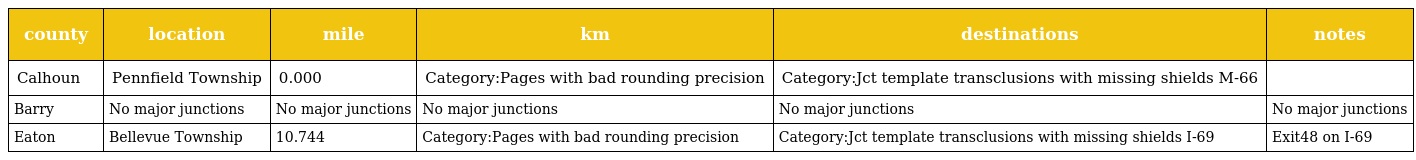
| county | location | mile | km | destinations | notes |
 | --- | --- | --- | --- | --- | --- |
 | Calhoun | Pennfield Township | 0.000 | Category:Pages with bad rounding precision | Category:Jct template transclusions with missing shields M-66 |  |
 | Barry | No major junctions | No major junctions | No major junctions | No major junctions | No major junctions |
 | Eaton | Bellevue Township | 10.744 | Category:Pages with bad rounding precision | Category:Jct template transclusions with missing shields I-69 | Exit48 on I-69 |